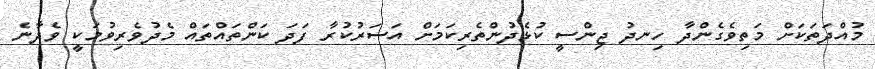
މުއްދަތަކަށް މަތިވެގެންދާ ހިނދު ޖިންސީ ކުޅެދުންތެރިކަމަށް އަސަރުކުރާ ފަދަ ކަންތައްތައް މެދުވެރިވުމަކީ ވެދާނެ